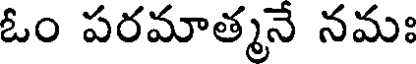
ఓం పరమాత్మనే నమః